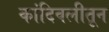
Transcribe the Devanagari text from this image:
कांदिवलीतून